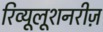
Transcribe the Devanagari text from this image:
रिव्यूलूशनरीज़